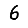
Digit: 6